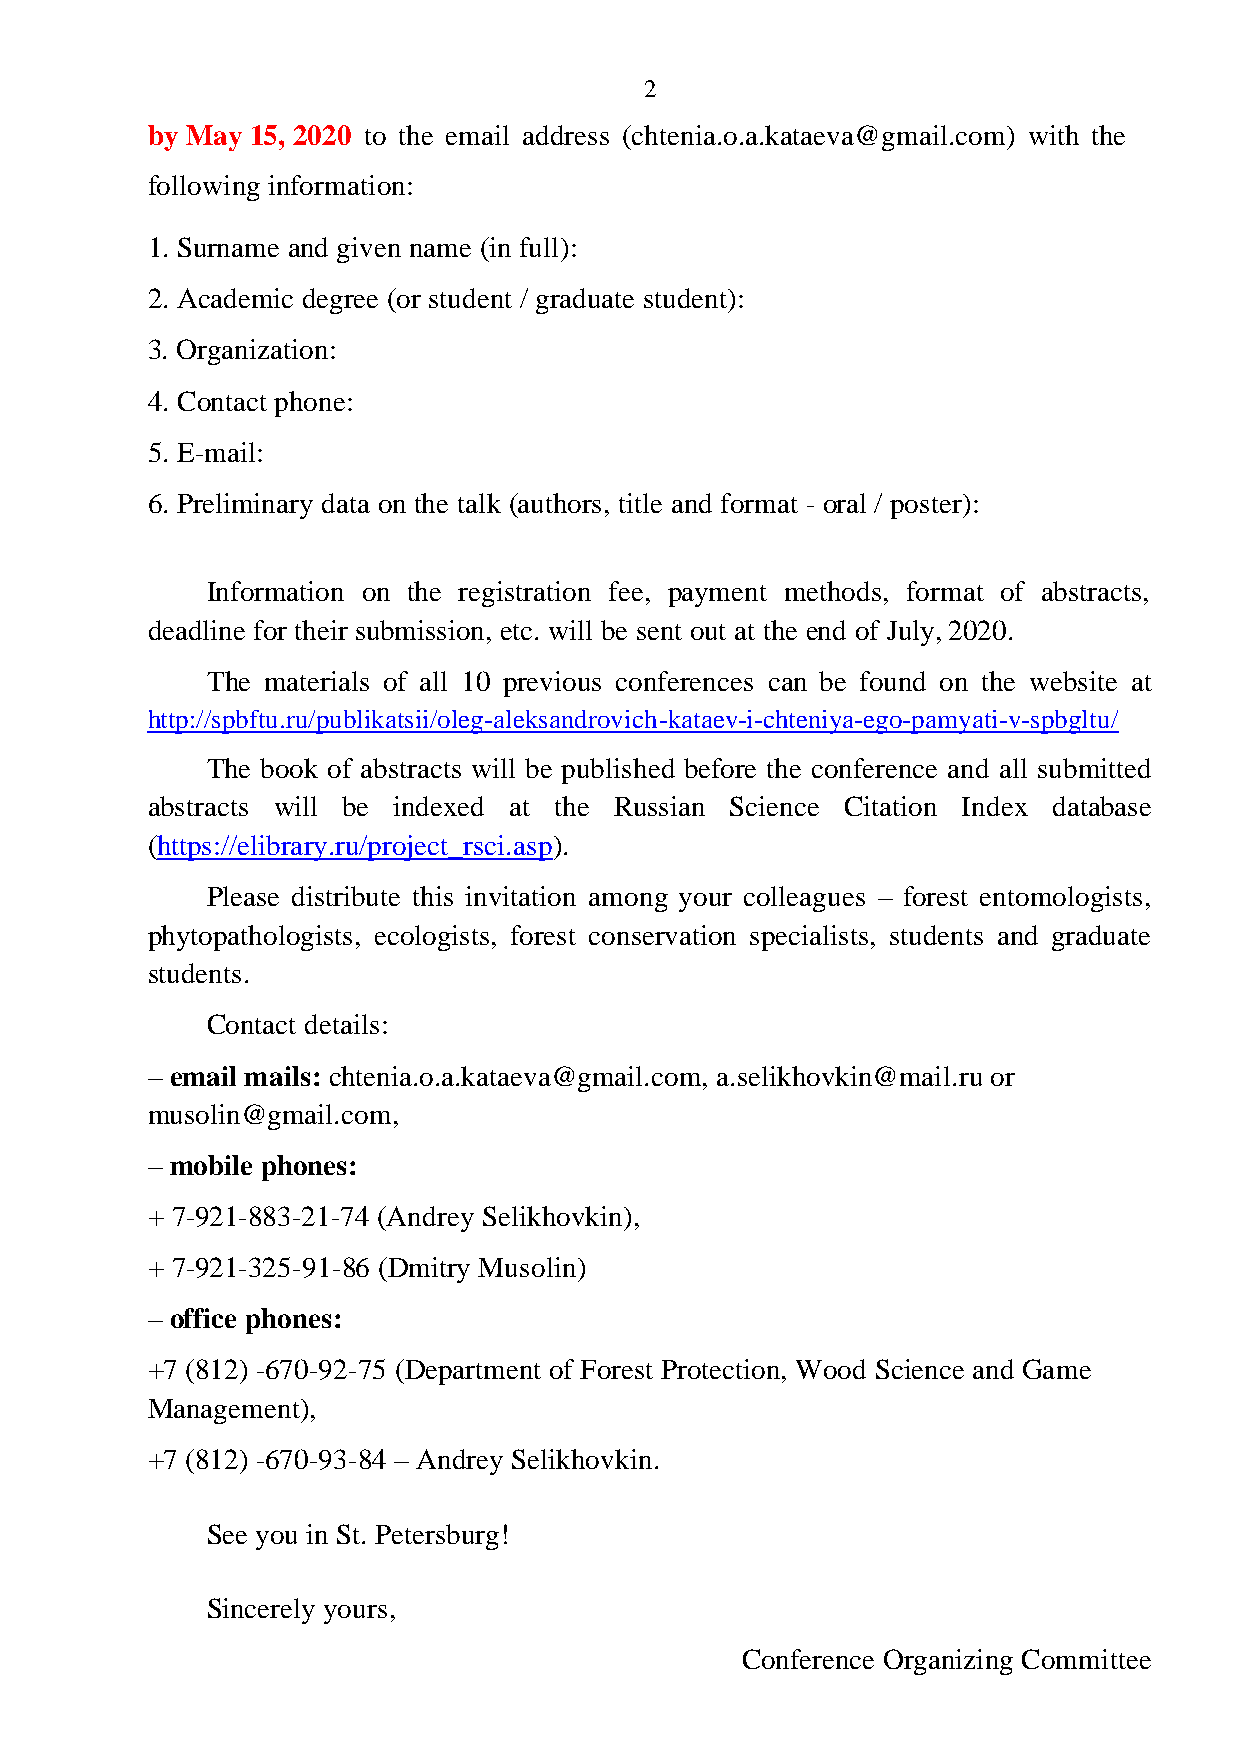
2
 by May 15, 2020 to the email address (chtenia.o.a.kataeva@gmail.com) with the
 following information:
 1. Surname and given name (in full):
 2. Academic degree (or student / graduate student):
 3. Organization:
 4. Contact phone:
 5. E-mail:
 6. Preliminary data on the talk (authors, title and format - oral / poster):
 Information on the registration fee, payment methods, format of abstracts,
 deadline for their submission, etc. will be sent out at the end of July, 2020.
 The materials of all 10 previous conferences can be found on the website at
 http://spbftu.ru/publikatsii/oleg-aleksandrovich-kataev-i-chteniya-ego-pamyati-v-spbgltu/
 The book of abstracts will be published before the conference and all submitted
 abstracts will be indexed at the Russian Science Citation Index database
 (https://elibrary.ru/project_rsci.asp).
 Please distribute this invitation among your colleagues – forest entomologists,
 phytopathologists, ecologists, forest conservation specialists, students and graduate
 students.
 Contact details:
 – email mails: chtenia.o.a.kataeva@gmail.com, a.selikhovkin@mail.ru or
 musolin@gmail.com,
 – mobile phones:
 + 7-921-883-21-74 (Andrey Selikhovkin),
 + 7-921-325-91-86 (Dmitry Musolin)
 – office phones:
 +7 (812) -670-92-75 (Department of Forest Protection, Wood Science and Game
 Management),
 +7 (812) -670-93-84 – Andrey Selikhovkin.
 See you in St. Petersburg!
 Sincerely yours,
 Conference Organizing Committee